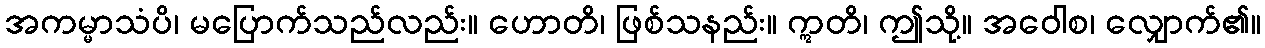
အကမ္မာသံပိ၊ မပြောက်သည်လည်း။ ဟောတိ၊ ဖြစ်သနည်း။ ဣတိ၊ ဤသို့။ အဝေါစ၊ လျှောက်၏။